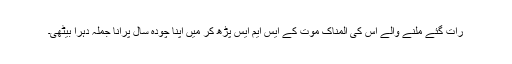
رات گئے ملنے والے اس کی المناک موت کے ایس ایم ایس پڑھ کر میں اپنا چودہ سال پرانا جملہ دہرا بیٹھی۔